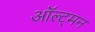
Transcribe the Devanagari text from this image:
ऑल्ट्मन